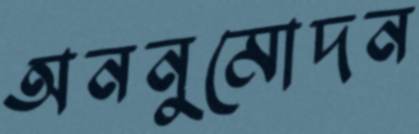
অননুমোদন